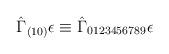
LaTeX: \begin{align*}\hat{\Gamma}_{(10)}\epsilon \equiv \hat{\Gamma}_{0123456789}\epsilon\end{align*}